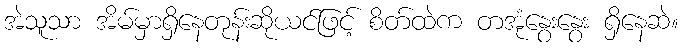
အဲသူသာ အိမ်မှာရှိနေတုန်းဆိုယင်ဖြင့် စိတ်ထဲက တအုံနွေးနွေး ရှိနေဆဲ။